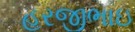
હરજીભાઇ